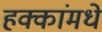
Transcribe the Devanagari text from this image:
हक्कांमधे